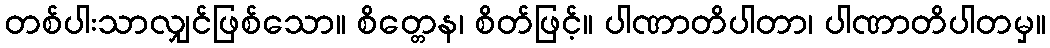
တစ်ပါးသာလျှင်ဖြစ်သော။ စိတ္တေန၊ စိတ်ဖြင့်။ ပါဏာတိပါတာ၊ ပါဏာတိပါတမှ။